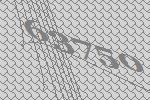
63750